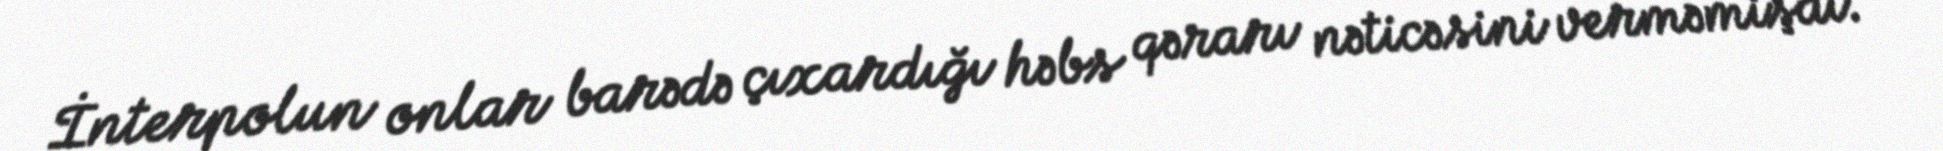
İnterpolun onlar barədə çıxardığı həbs qərarı nəticəsini verməmişdi.